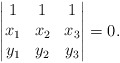
\begin{align*}\begin{vmatrix}1&1&1\\x_1&x_2&x_3\\y_1&y_2&y_3\end{vmatrix}=0.\end{align*}